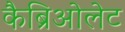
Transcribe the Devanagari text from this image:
कैब्रिओलेट